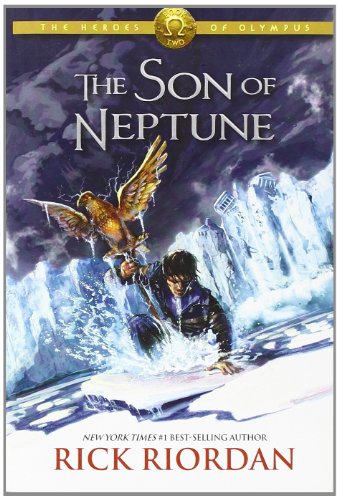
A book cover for The Son of Neptune (Heroes of Olympus, Book 2); Rick Riordan; Children's Books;